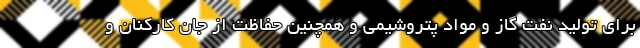
برای تولید نفت گاز و مواد پتروشیمی و همچنین حفاظت از جان کارکنان و